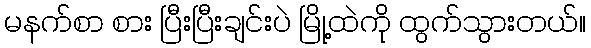
မနက်စာ စား ပြီးပြီးချင်းပဲ မြို့ထဲကို ထွက်သွားတယ်။